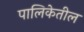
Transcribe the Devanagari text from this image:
पालिकेतील